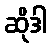
ဆိုဒါ